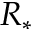
R _ { * }